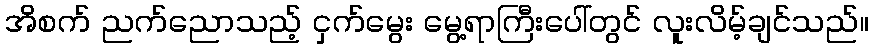
အိစက် ညက်ညောသည့် ငှက်မွေး မွေ့ရာကြီးပေါ်တွင် လူးလိမ့်ချင်သည်။